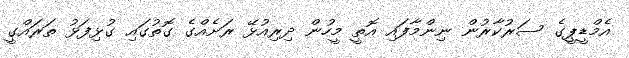
އެމްޑީޕީގެ ސަރުކާރުން ނިންމާފައި އޮތީ މީހުން ދިރިއުޅޭ ރަށެއްގެ ގޮތުގައި ގުޅިފަޅު ތަަރައްގީ